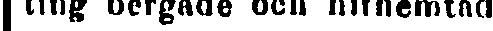
ting bergade och hithemtad